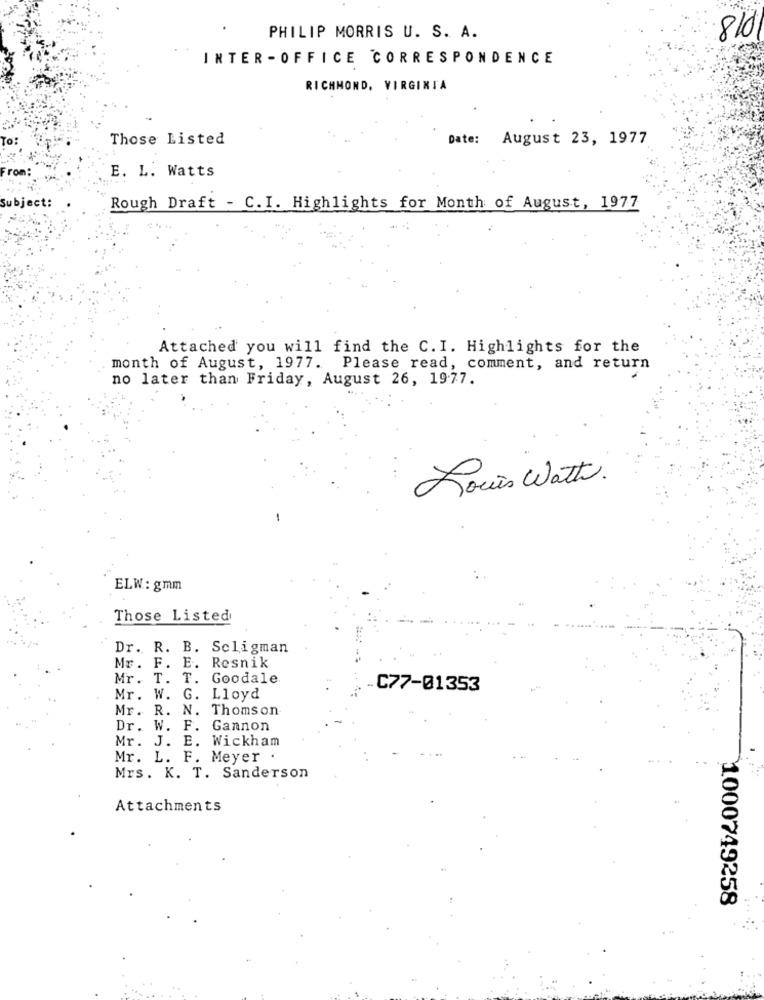
PHILIP MORRIS U. S. A.
810
INTER -OFFICE CORRESPONDENCE
RICHMOND, VIRGINIA
Those Listed
Date: August 23, 1977
From:
E. L. Watts
Subject:
Rough Draft - C. I. Highlights for Month of August, 1977
Attached you will find the C. I. Highlights for the
month of August, 1977. Please read, comment, and return
no later than Friday, August 26, 1977.
Louis Watt.
ELW: gmm
Those Listed
Dr. R. B. Scligman
Mr. F. E. Resnik
Mr. T. T. Goodale
C77-01353
Mr. W. G. Lloyd
Mr. R. N. Thomson
Dr. W. F. Gannon
Mr. J. E. Wickham
Mr. L. F. Meyer .
Mrs. K. T. Sanderson
Attachments
1000749258